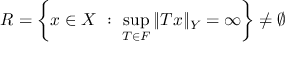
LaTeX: R = \left\{ x \in X \ : \ \sup _ { T \in F } \| T x \| _ { Y } = \infty \right\} \neq \varnothing